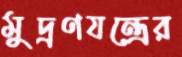
মুদ্রণযন্ত্রের